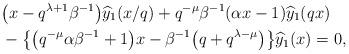
LaTeX: \begin{align*}&\big(x-q^{\lambda+1}\beta^{-1}\big)\widehat{y}_1(x/q) + q^{-\mu} \beta^{-1} (\alpha x- 1 )\widehat{y}_1(qx)\\&{}-\big\{ \big(q^{-\mu}\alpha\beta^{-1}+1\big)x- \beta^{-1} \big(q +q^{\lambda-\mu} \big)\big\} \widehat{y}_1(x)=0,\end{align*}